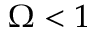
\Omega < 1